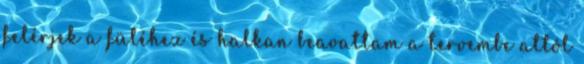
felérjek a füléhez és halkan beavattam a tervembe attól